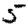
Digit: 5